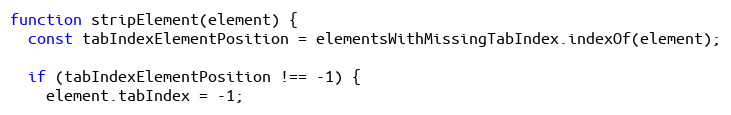
Language: JavaScript
function stripElement(element) {
  const tabIndexElementPosition = elementsWithMissingTabIndex.indexOf(element);

  if (tabIndexElementPosition !== -1) {
    element.tabIndex = -1;